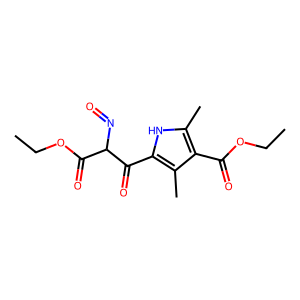
SMILES: CCOC(=O)c1c(C)[nH]c(C(=O)C(N=O)C(=O)OCC)c1C
Inhibits HIV replication: No